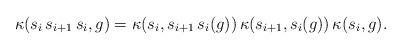
LaTeX: \begin{align*} \kappa (s_i \,s_{i+1} \, s_i , g)=\kappa (s_i, s_{i+1} \, s_i (g))\, \kappa (s_{i+1}, s_i (g))\,\kappa (s_i, g).\end{align*}